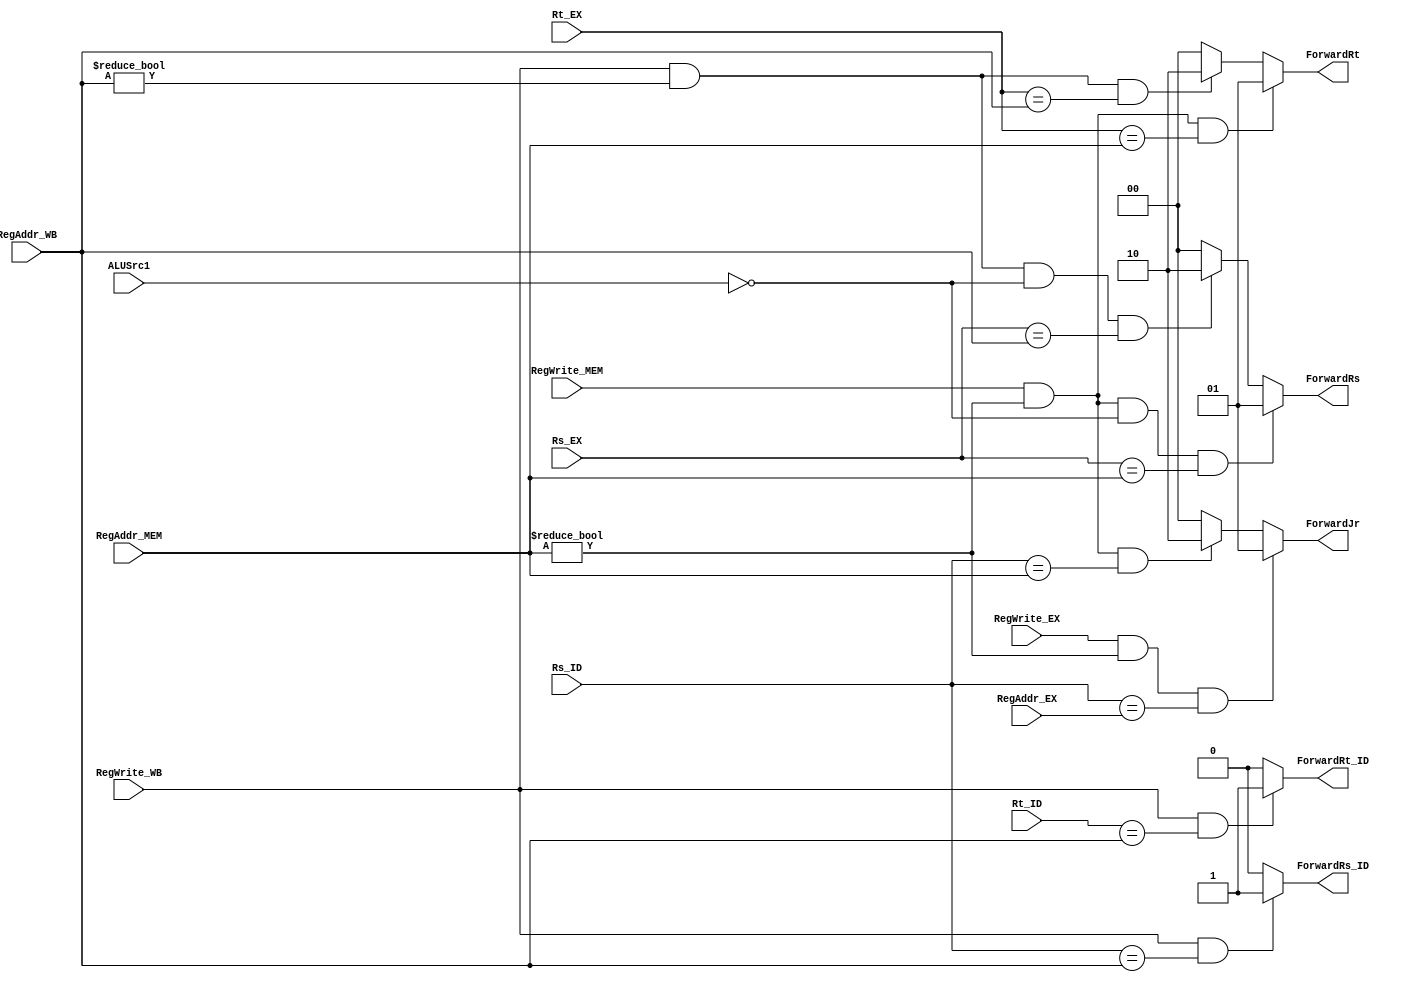
//forward 
module Forward(Rt_ID, Rs_ID, Rs_EX, Rt_EX, RegAddr_MEM, RegAddr_WB, RegAddr_EX,
    RegWrite_MEM, RegWrite_WB, RegWrite_EX, ALUSrc1, 
    ForwardRs, ForwardRt, ForwardJr, ForwardRs_ID, ForwardRt_ID);
     
    input [4:0] Rt_ID, Rs_ID, Rs_EX, Rt_EX, RegAddr_MEM, RegAddr_WB, RegAddr_EX;
    input RegWrite_MEM, RegWrite_WB, RegWrite_EX, ALUSrc1;
    output [1:0] ForwardRs, ForwardRt, ForwardJr;
    output ForwardRs_ID, ForwardRt_ID;
    
    //RsRt
    assign ForwardRs_ID =
        (RegWrite_WB && Rs_ID==RegAddr_WB)? 1:0;
    assign ForwardRt_ID =
        (RegWrite_WB && Rt_ID==RegAddr_WB)? 1:0;
        
    //ALURsRt
    //RtswALUSrc20Rt1Sw
    //
    assign ForwardRs = 
        (RegWrite_MEM && RegAddr_MEM!=5'd0 && !ALUSrc1 && Rs_EX==RegAddr_MEM) ? 2'b01:
        (RegWrite_WB && RegAddr_WB!=5'd0 && !ALUSrc1 && Rs_EX==RegAddr_WB) ? 2'b10:
        2'b00;
    assign ForwardRt = 
        (RegWrite_MEM && RegAddr_MEM!=5'd0 && Rt_EX==RegAddr_MEM) ? 2'b01:
        (RegWrite_WB && RegAddr_WB!=5'd0 && Rt_EX==RegAddr_WB) ? 2'b10:
        2'b00;
        
    //jrjalr
    assign ForwardJr =
        (RegWrite_EX && RegAddr_MEM!=5'd0 && Rs_ID==RegAddr_EX) ? 2'b01:
        (RegWrite_MEM && RegAddr_MEM!=5'd0 && Rs_ID==RegAddr_MEM) ? 2'b10:
        2'b00;

endmodule